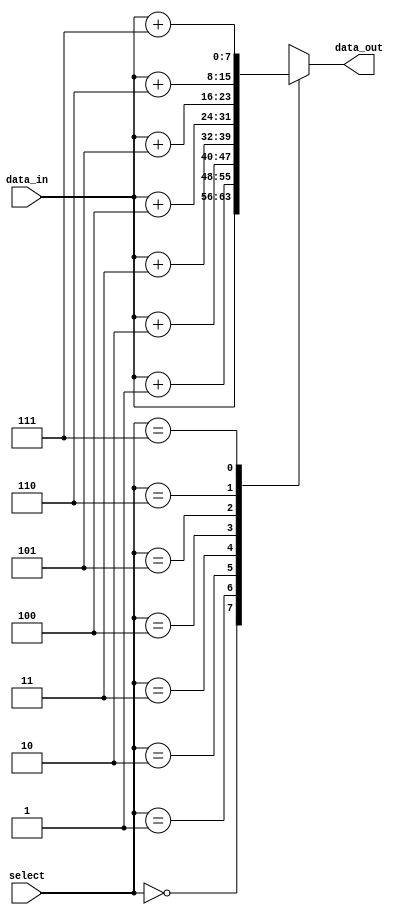
module array_continuous_assignment #(parameter SIZE = 8) (
    input wire [SIZE-1:0] data_in,        // Input data
    input wire [2:0] select,              // Select line for indexing
    output wire [SIZE-1:0] data_out       // Output data
);

// Array declaration
reg [7:0] array_data [0:SIZE-1];         // Array of 8-bit registers

// Continuous assignment for the array elements
always @* begin
    // Example: Assign values to the array based on input data
    array_data[0] = data_in;
    array_data[1] = data_in + 1;
    array_data[2] = data_in + 2;
    array_data[3] = data_in + 3;
    array_data[4] = data_in + 4;
    array_data[5] = data_in + 5;
    array_data[6] = data_in + 6;
    array_data[7] = data_in + 7;
end

// Continuous assignment to output from the array
assign data_out = array_data[select];  // Output based on the select line

endmodule